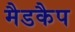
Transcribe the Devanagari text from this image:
मैडकैप